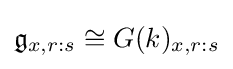
{\mathfrak {g}}_{x,r:s}\cong G(k)_{x,r:s}